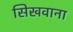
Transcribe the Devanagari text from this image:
सिखवाना